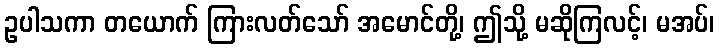
ဥပါသကာ တယောက် ကြားလတ်သော် အမောင်တို့၊ ဤသို့ မဆိုကြလင့်၊ မအပ်၊